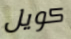
كويل